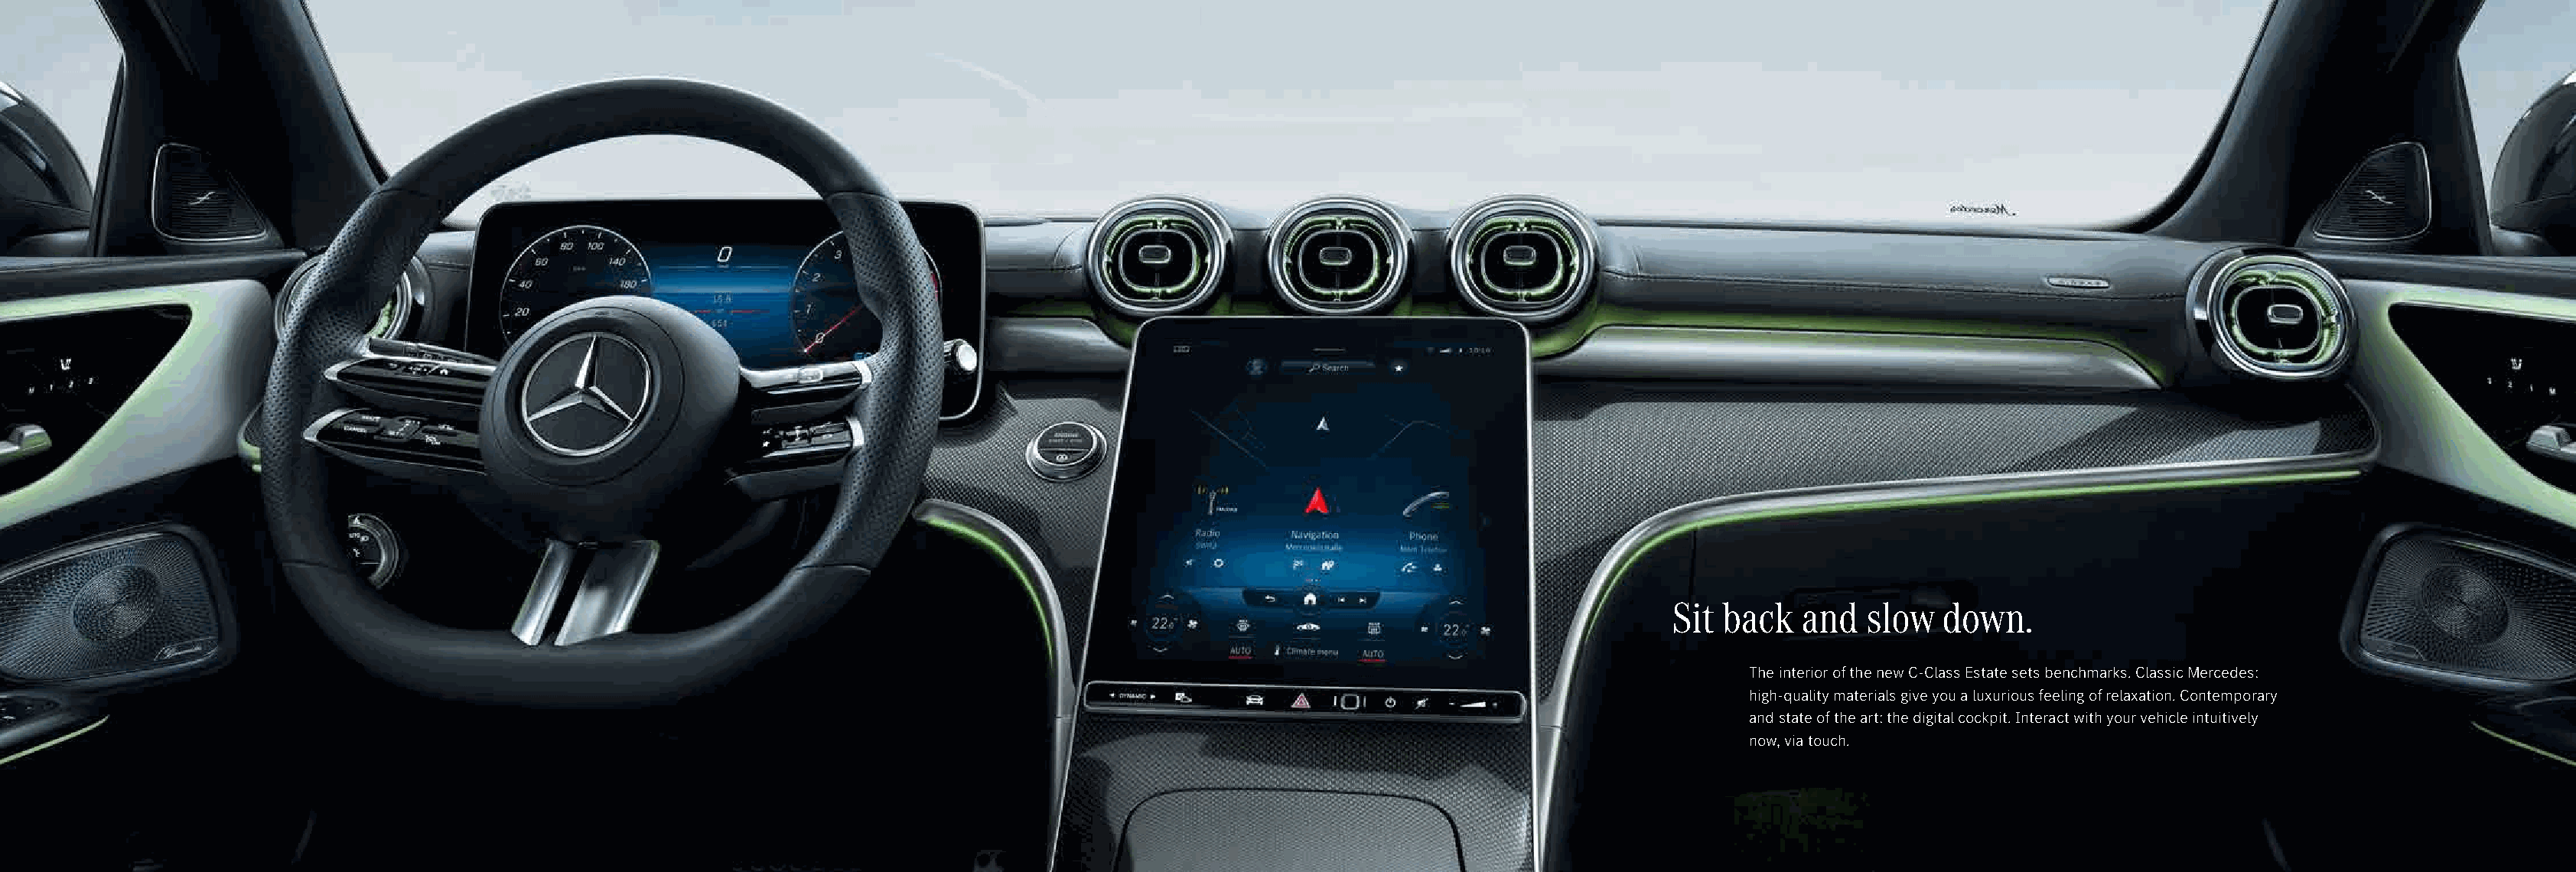
Sit back   and  slow   down.
 The interior of the new C-Class Estate sets benchmarks. Classic Mercedes:
 high-quality materials give you a luxurious feeling of relaxation. Contemporary
 and state of the art: the digital cockpit. Interact with your vehicle intuitively
 now, via touch.